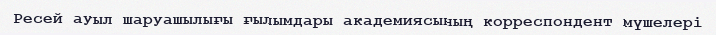
Ресей ауыл шаруашылығы ғылымдары академиясының корреспондент мүшелері